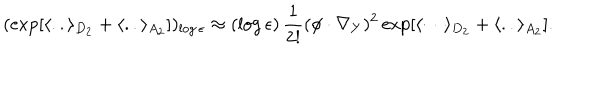
LaTeX: ( \exp [ \langle . . \rangle _ { D _ { 2 } } + \langle . . \rangle _ { A _ { 2 } } ] ) _ { \log \epsilon } \approx ( \log \epsilon ) \, { \frac { 1 } { 2 ! } } ( \phi \cdot \nabla _ { Y } ) ^ { 2 } \exp [ { \langle \cdots \rangle _ { D _ { 2 } } } + \langle . . \rangle _ { A _ { 2 } } ] .